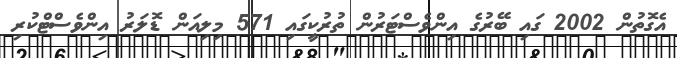
އެގޮތުން 2002 ގައި ބޭރުގެ އިންވެސްޓަރުން ތުރުކީގައި 571 މިލިއަން ޑޮލަރު އިންވެސްޓްކުރި